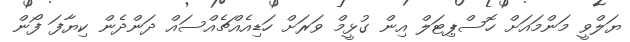
ޔަލްވީ މަންމައަށް ހޮސްޕިޓަލް އިން ގުޅީމް ވަަަރަށް ހަޑިއެއްޗެއްސައް ދަންދެން ކިޔާފަ ފޯން